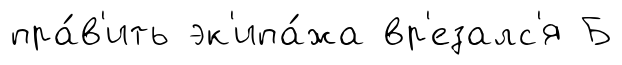
пра́в'ить эк'ипа́жа вр'езалс'я Б